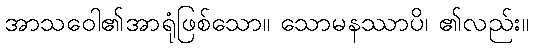
အာသဝေါ၏အာရုံဖြစ်သော။ သောမနဿာပိ၊ ၏လည်း။